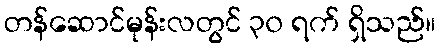
တန်ဆောင်မုန်းလတွင် ၃၀ ရက် ရှိသည်။